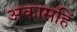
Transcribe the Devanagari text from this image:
अकासहिं